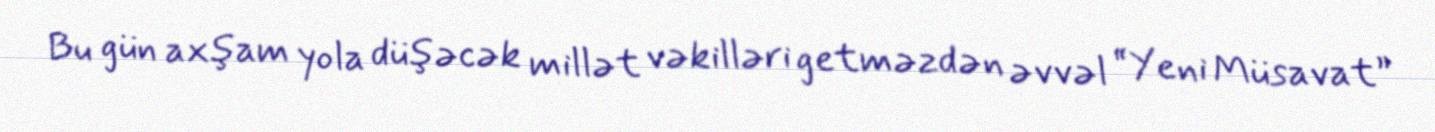
Bu gün axşam yola düşəcək millət vəkilləri getməzdən əvvəl “Yeni Müsavat”